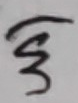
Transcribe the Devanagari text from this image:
हु